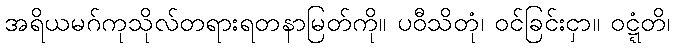
အရိယမဂ်ကုသိုလ်တရားရတနာမြတ်ကို။ ပဝီသိတုံ၊ ဝင်ခြင်းငှာ။ ဝဋ္ဋံတိ၊